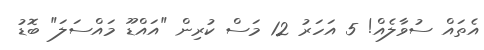
އެތައް ސުވާލެއް! 5 އަހަރު 12 މަސް ކުރިން "އައްޑޫ މައްސަލަ" ބޮޑު